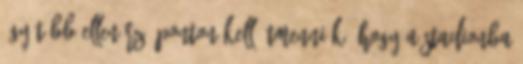
így több ellenőrző ponton kell átmenniük, hogy a stadionba